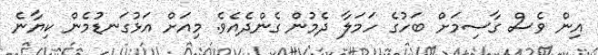
އިން ވެސް ގާސިމަށް ބަހުގެ ހަމަލާ ދެމުން ގެންދެއެވެ. މިއަށް އަޅުގަނޑުމެން ކިޔާނެ